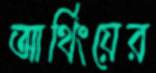
আর্থিংয়ের